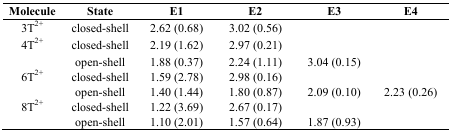
<table><thead><tr><td><b>Molecule</b></td><td><b>State</b></td><td><b>E1</b></td><td><b>E2</b></td><td><b>E3</b></td><td><b>E4</b></td></tr></thead><tbody><tr><td>3T<sup>2+</sup></td><td>closed-shell</td><td>2.62 (0.68)</td><td>3.02 (0.56)</td><td></td><td></td></tr><tr><td>4T<sup>2+</sup></td><td>closed-shell</td><td>2.19 (1.62)</td><td>2.97 (0.21)</td><td></td><td></td></tr><tr><td></td><td>open-shell</td><td>1.88 (0.37)</td><td>2.24 (1.11)</td><td>3.04 (0.15)</td><td></td></tr><tr><td>6T<sup>2+</sup></td><td>closed-shell</td><td>1.59 (2.78)</td><td>2.98 (0.16)</td><td></td><td></td></tr><tr><td></td><td>open-shell</td><td>1.40 (1.44)</td><td>1.80 (0.87)</td><td>2.09 (0.10)</td><td>2.23 (0.26)</td></tr><tr><td>8T<sup>2+</sup></td><td>closed-shell</td><td>1.22 (3.69)</td><td>2.67 (0.17)</td><td></td><td></td></tr><tr><td></td><td>open-shell</td><td>1.10 (2.01)</td><td>1.57 (0.64)</td><td>1.87 (0.93)</td><td></td></tr></tbody></table>